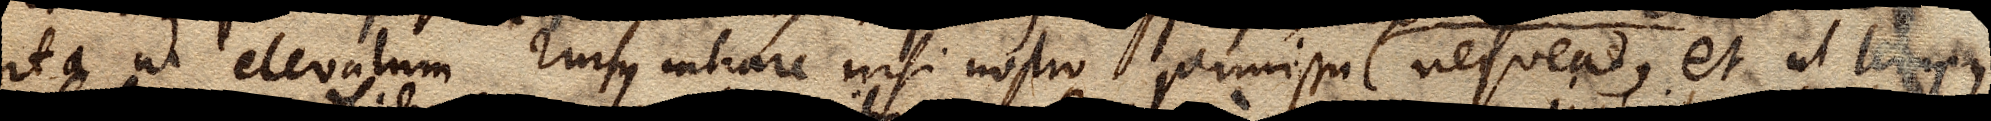
ita ut elevatum rursus intrare nisi nostro permissu nequeat, et ut tempus